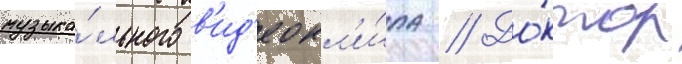
музыка́льного в'ид'еокл'и́па // До́ктор